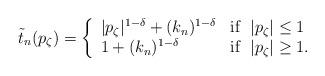
LaTeX: \begin{align*} \tilde t_n (p_\zeta) = \left\{ \begin{array}{ll} |p_\zeta|^{1-\delta} + (k_n)^{1-\delta} & \mathrm{if} \;\; |p_\zeta|\leq 1 \\ 1 + (k_n)^{1-\delta} & \mathrm{if} \;\; |p_\zeta| \geq 1 . \\ \end{array} \right.\end{align*}